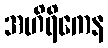
အဟိရိကေန